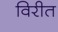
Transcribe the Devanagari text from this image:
विरीत